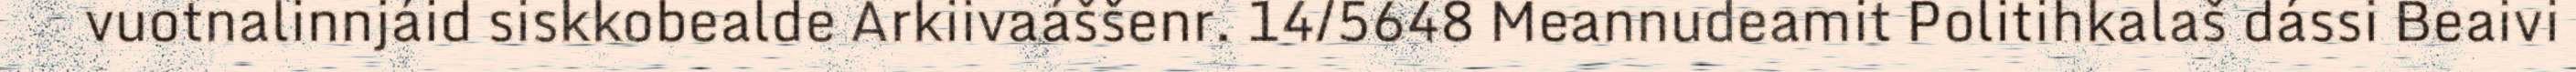
vuotnalinnjáid siskkobealde Arkiivaáššenr. 14/5648 Meannudeamit Politihkalaš dássi Beaivi